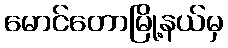
မောင်တောမြို့နယ်မှ